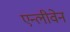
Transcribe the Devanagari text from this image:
एन्लीवेन